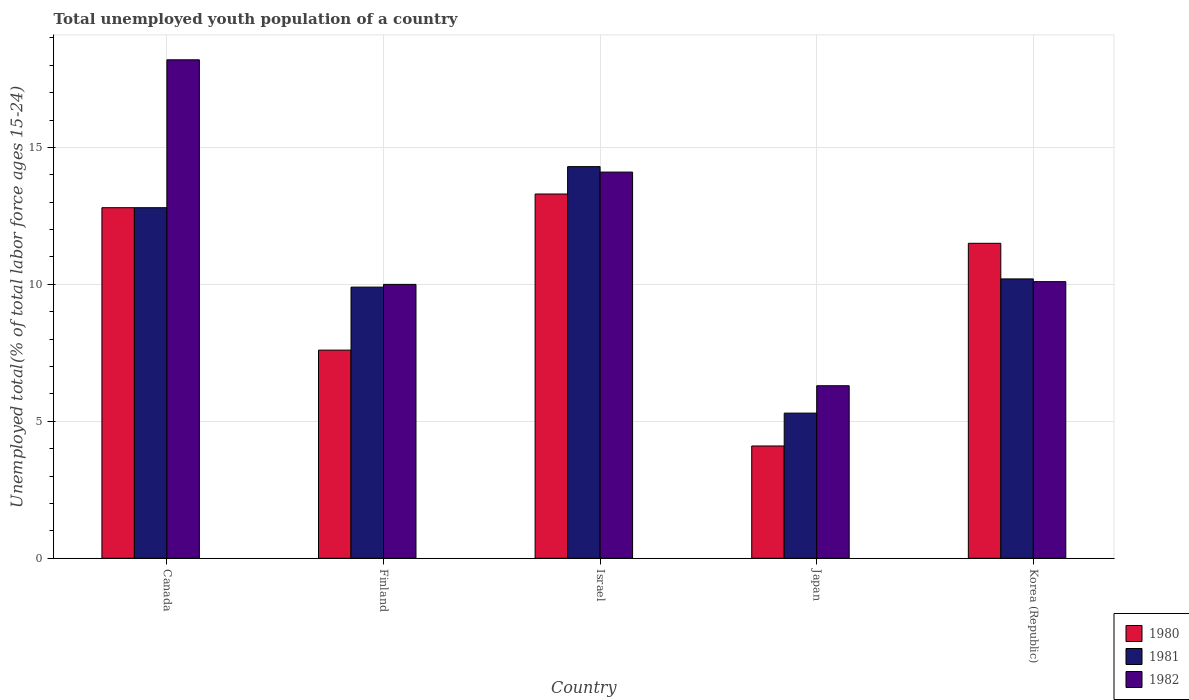
| Country | 1980 | 1981 | 1982 |
 | --- | --- | --- | --- |
 | Canada | 12.8 | 12.8 | 18.2 |
 | Finland | 7.6 | 9.9 | 10 |
 | Israel | 13.3 | 14.3 | 14.1 |
 | Japan | 4.1 | 5.3 | 6.3 |
 | Korea (Republic) | 11.5 | 10.2 | 10.1 |